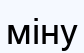
міну